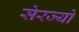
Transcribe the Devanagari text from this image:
सेरज्यो